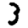
Digit: 3